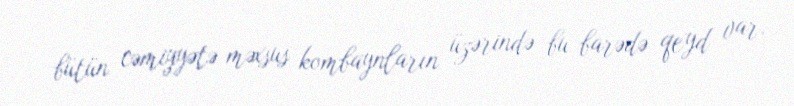
bütün cəmiyyətə məxsus kombaynların üzərində bu barədə qeyd var.